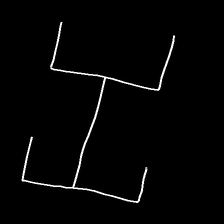
Glyph: entwine